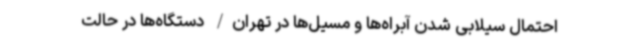
احتمال سیلابی شدن آبراه‌ها و مسیل‌ها در تهران/ دستگاه‌ها در حالت